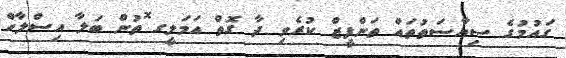
ގައުމުގެ ސިޔާސަތުތައް ތަންފީޒް ކުރެވި ދާ ގޮތް އަމަލީގ ޮތުން ބަލާ އިސްލާހް